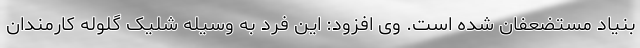
بنیاد مستضعفان شده است. وی افزود: این فرد به وسیله شلیک گلوله کارمندان